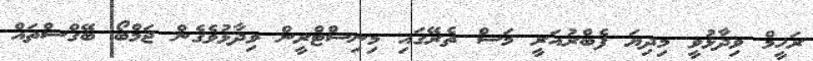
ރަހީމް ވިދާޅުވީ މިދިޔަ ފެބްރުއަރީ މަސް ތެރޭގައި މިނިސްޓްރީން ވިދާޅުވެގެން ޖަމްބޯ ބޭގްސްތައް